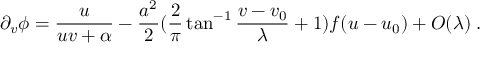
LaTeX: \partial _ { v } \phi = \frac { u } { u v + \alpha } - \frac { a ^ { 2 } } { 2 } ( \frac { 2 } { \pi } \tan ^ { - 1 } \frac { v - v _ { 0 } } { \lambda } + 1 ) f ( u - u _ { 0 } ) + { \cal O } ( \lambda ) \; .